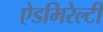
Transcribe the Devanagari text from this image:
ऐडमिरेल्टी